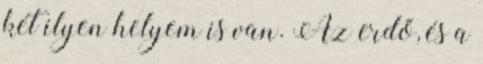
két ilyen helyem is van. Az erdő, és a